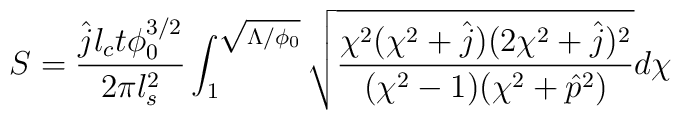
S=\frac{\hat jl_ct\phi_0^{3/2}}{2\pi l_s^2}\int_1^{\sqrt{\Lambda/\phi_0}}\sqrt{\frac{\chi^2(\chi^2+\hat j)(2\chi^2+\hat j)^2}{(\chi^2-1)(\chi^2+\hat p^2)}}d\chi